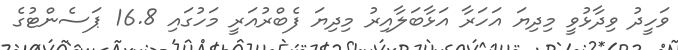
ވަހީދު ވިދާޅުވީ މިދިޔަ އަހަރާ އަޅާބަލާއިރު މިދިޔަ ފެބްރުއަރީ މަހުގައި 16.8 ޕަސެންޓުގެ